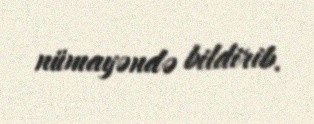
nümayəndə bildirib.